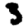
Digit: 3